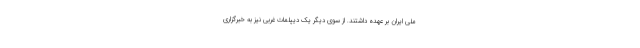
ملی ایران بر عهده داشتند. از سوی دیگر یک دیپلمات غربی نیز به خبرگزاری